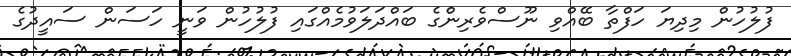
ފުލުހުން މިދިޔަ ހަފްތާ ބޭއްވި ނޫސްވެރިންެގެ ބައްދަލަވުމެއްގައި ފުލުހުން ވަނީ ހަސަން ސައީދުގެ